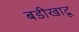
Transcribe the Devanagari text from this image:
बडीखाटू